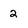
Character: 2